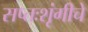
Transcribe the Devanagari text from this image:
सप्तःशृंगीचे